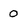
Character: 0